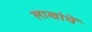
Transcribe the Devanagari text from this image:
लाखांचें